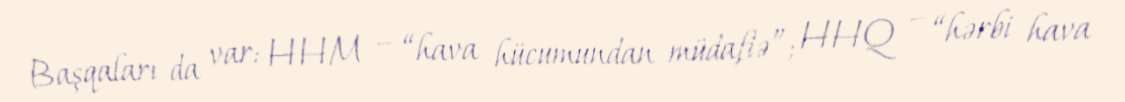
Başqaları da var: HHM – “hava hücumundan müdafiə”; HHQ – “hərbi hava